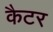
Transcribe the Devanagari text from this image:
कैटर